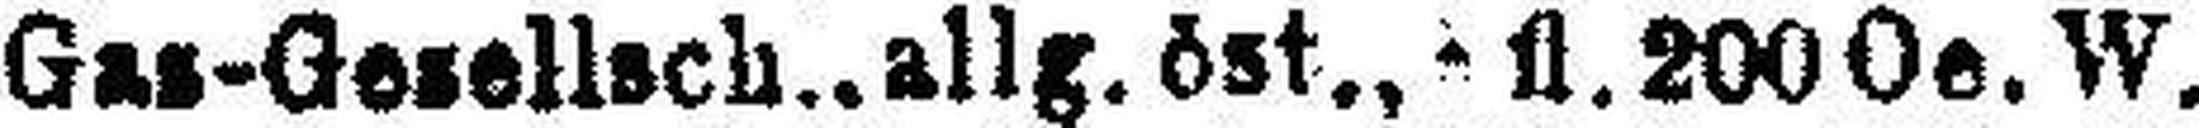
Gas-Gesellsch., allg. öst., ### fl. 200 Oe. W.